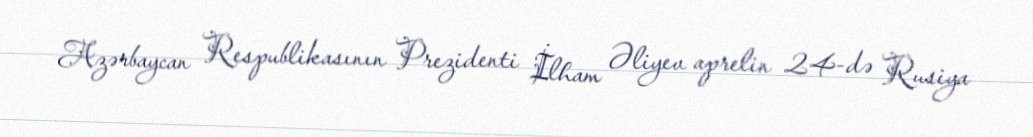
Azərbaycan Respublikasının Prezidenti İlham Əliyev aprelin 24-də Rusiya